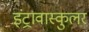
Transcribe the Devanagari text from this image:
इंट्रावास्कुलर